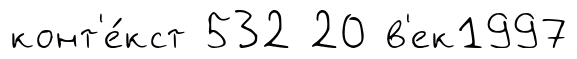
конт'е́кст 532 20 в'ек1997